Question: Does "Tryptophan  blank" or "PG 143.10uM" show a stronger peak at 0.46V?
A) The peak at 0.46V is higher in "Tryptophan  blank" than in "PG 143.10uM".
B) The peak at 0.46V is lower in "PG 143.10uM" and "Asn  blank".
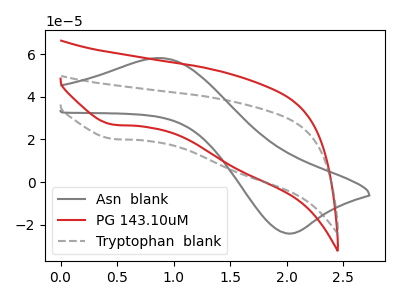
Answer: <think>The gray curve "Asn  blank" has an anodic peak at (0.90V, 58.15uA) and a cathodic peak at (2.00V, -24.10uA). The red curve "PG 143.10uM" has a cathodic peak at: (0.45V, 27.00uA). The gray dashed curve "Tryptophan  blank" has a cathodic peak at: (0.45V, 20.25uA).</think>
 <answer>A) The peak at 0.46V is higher in "Tryptophan  blank" than in "PG 143.10uM".</answer>
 <eval>A</eval>